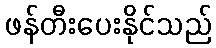
ဖန်တီးပေးနိုင်သည်